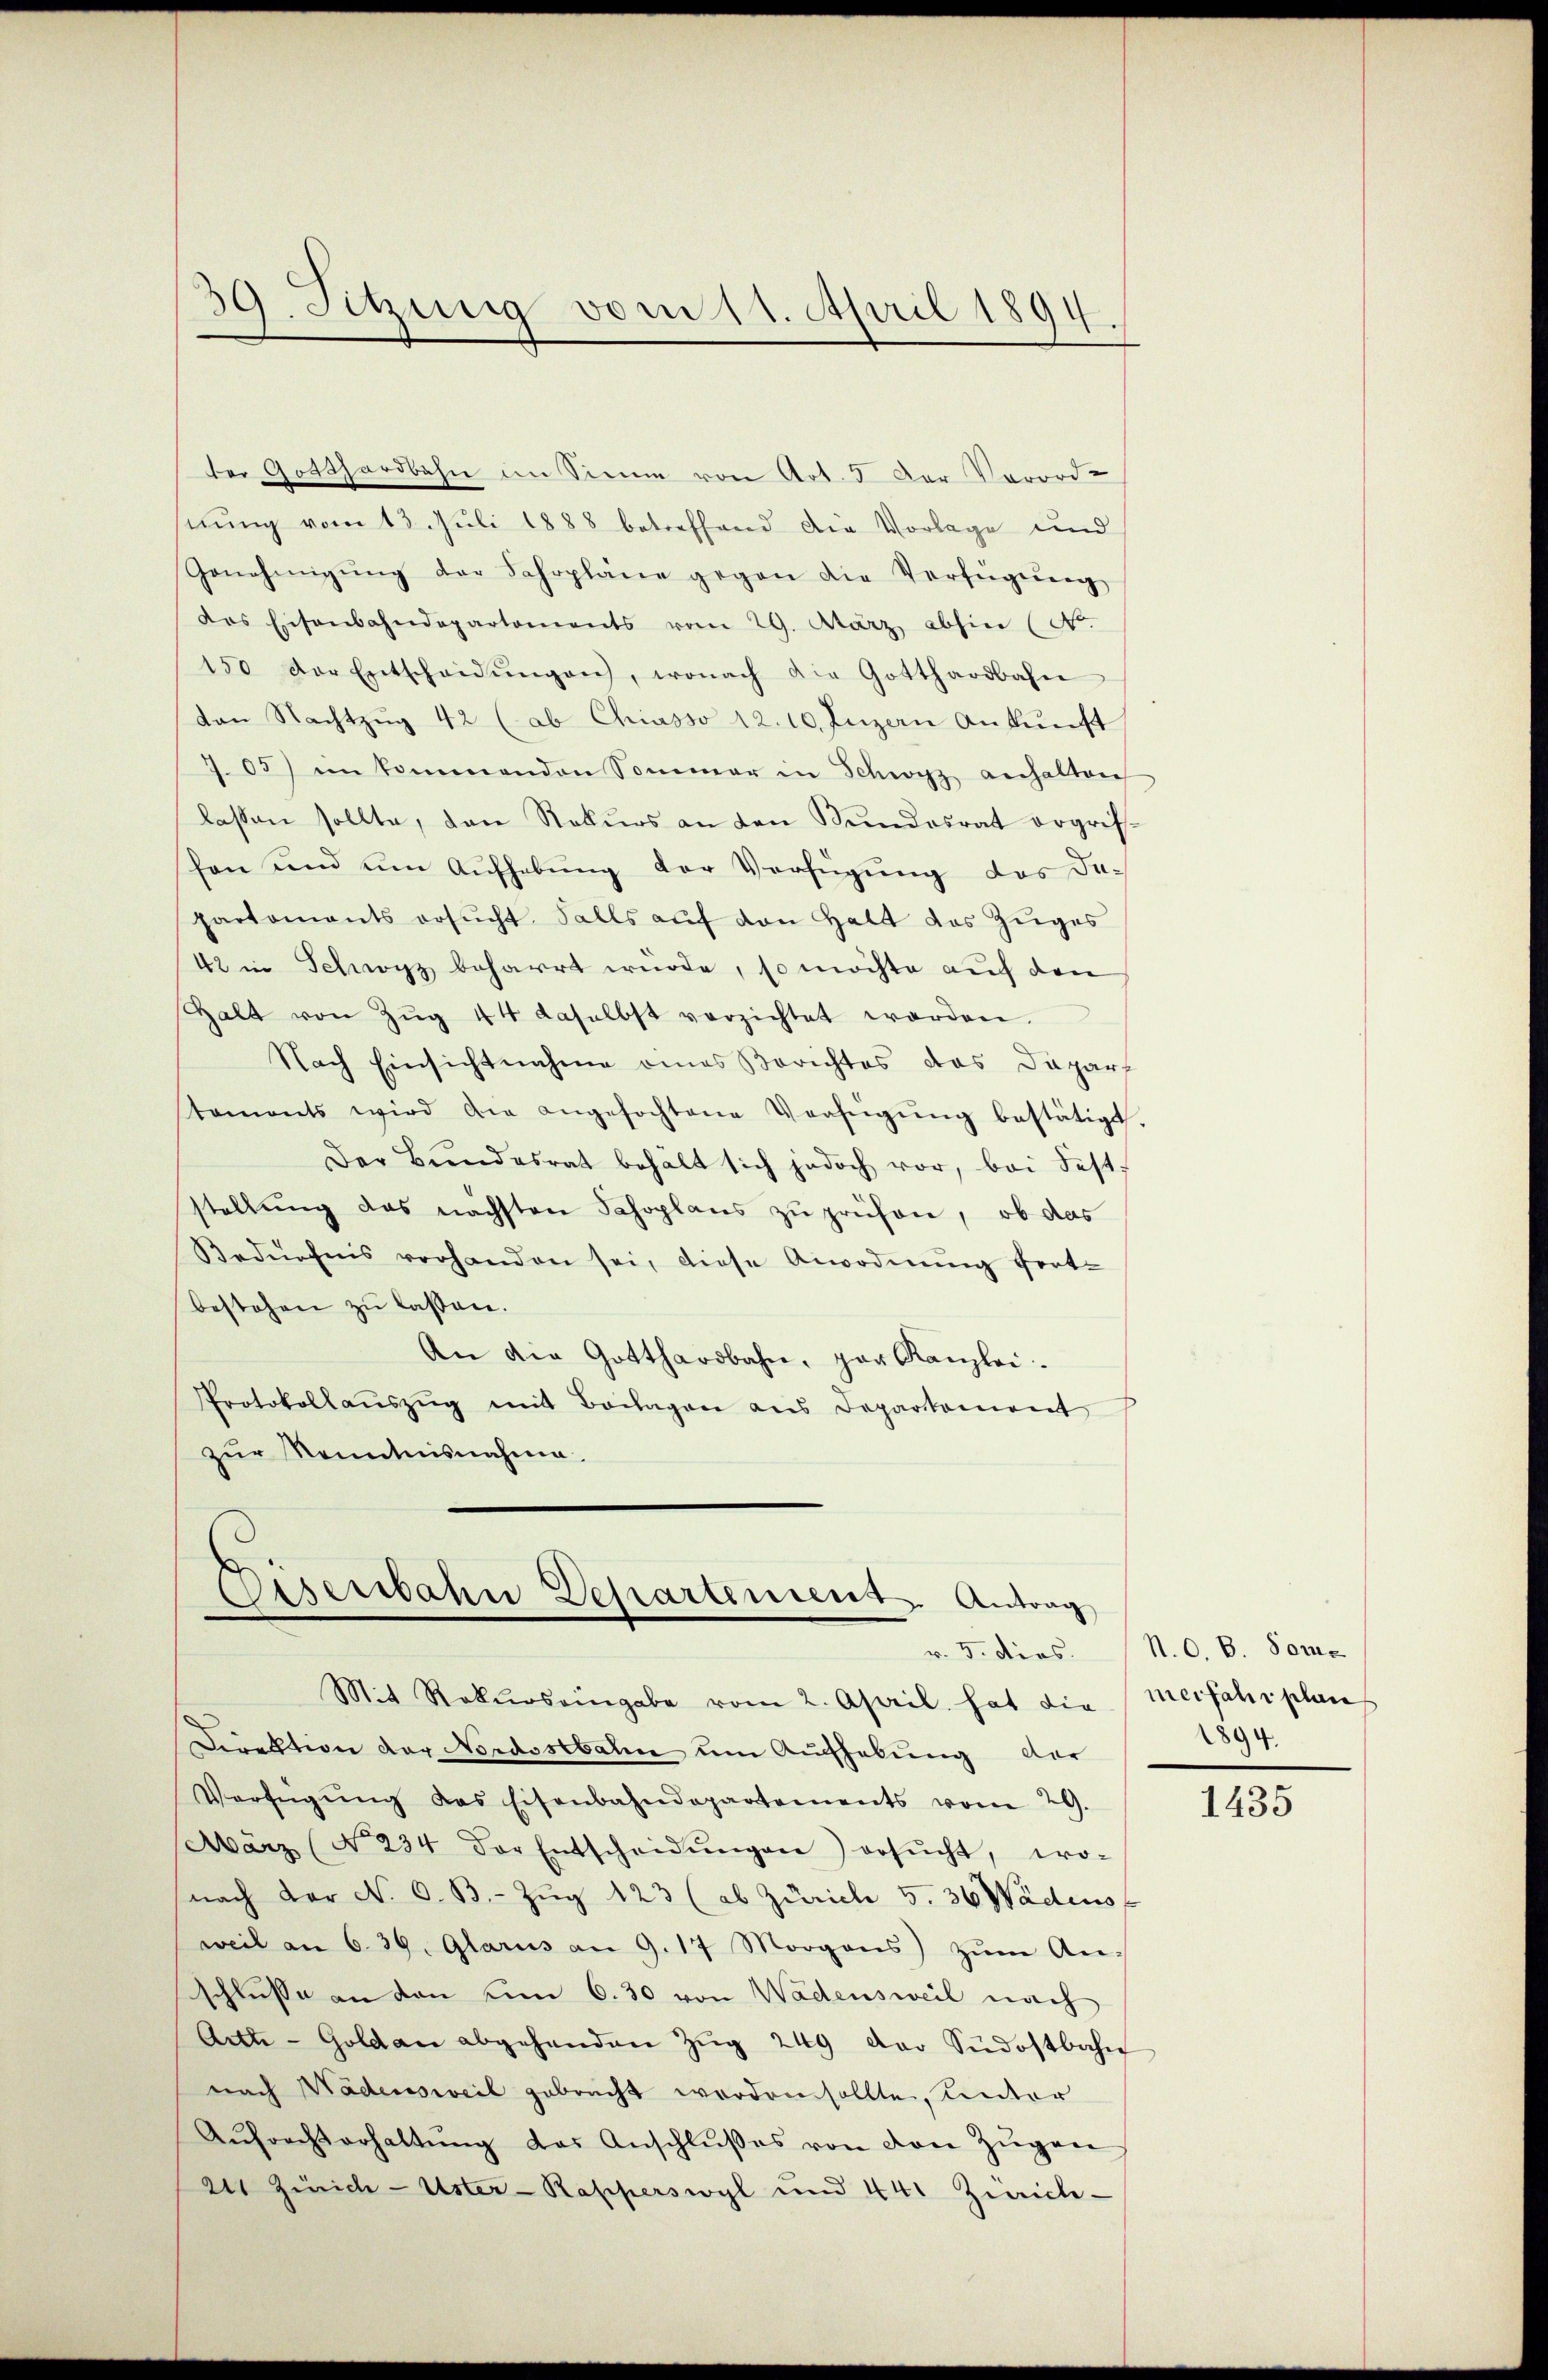
der Gotthardbahn im Sinne von Art. 5. Der Verord-
sirung vom 13. Juli 1888 betreffend die Vorlage und
Genehmigŭng der Fahrpläne gegen die Verfügŭng
das Eisenbahndepartements vom 29. März abhin (N.
150 der Entscheidŭngen, wonach die Gotthardbahn
von Nachtzŭg 42 (ab Chiasso 12. 10 Luzern Ankŭnft
7.05) im kommenden Sommer in Schwyz anhalten
lassen sollte, den Rekurs an den Bundesrat ergrifschon und um Aufhebung der Verfügung des Japartements ersucht. Falls auf von Halt des Zuges
42 in Schwyz beharrt wurde, so möchte auch den
Halt von Zŭg 44 daselbst verzichtet worden.
Nach Einsichtnahme eines Berichtes das Depart
staments wird die angefochtene Verfügŭng bestätigt.
Der Bŭndesrat behält sich jedoch vor, bei Fest-
stellung das nächsten Schoplans zŭ prüfen, ob das
Bedurchnis vorhanden sei, diese Anordnŭng fort-
bestehen zu lassen.
An die Gotthardbahn, par Kanzlei.
Protokollaŭszŭg mit Beilagen aus Departement
zur Kenntnisnahme.

39. Sitzung vom 11. April 1894

d
Disenbahn Departement Antrag
Mit Rekurs eingabe vom 2. April. hat die Meifahrplan

Direktion der Nordostbahn um Aufhebung der
Verfügŭng das Eisenbahndepartements vom 29.
März (§ 234 der Entscheidŭngen) ersŭcht, wo-
nach der No. 6. B. Zŭg 123 (ob Zürich 5. 36 Wädens f
weil am 6. 39. Glarus an 9. 17 Morgens zŭm An-
schlusse an den vom 6. 30 von Wädensweil nach
Artt-Goldau abgehenden Zŭg 249 der Südostbahn
nach Wädensweil gebracht worden sollte, unter
Aŭfrechterhaltŭng das Anschlŭsses von den Zŭgan
241 Zürich-Uster-Rapperswyl und 441 Zürich-

v. 5. ders. (N. O. B. Sone
1894.

1435